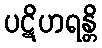
ပဋိဟရန္တိ